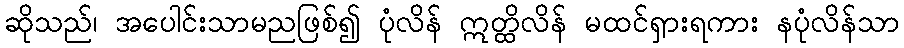
ဆိုသည်၊ အပေါင်းသာမညဖြစ်၍ ပုံလိန် ဣတ္ထိလိန် မထင်ရှားရကား နပုံလိန်သာ